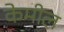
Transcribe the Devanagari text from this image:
केमील